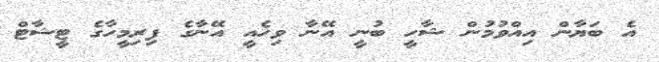
އެ ބަޔާން އިއްވުމުން ޝާހީ ބުނީ އޭނާ ވިހެއީ އޭނާގެ ފިރިމީހާގެ ޓީޝާޓް